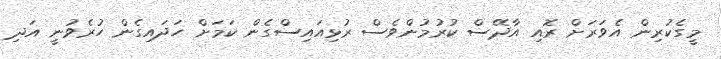
މީގެކުރިން އެވަރަށް ރޮއި އާދޭސް ކުރުމުންވެސް ރުޅިއައިސްގެން ކަމަށް ހަދައިގެން ހުރެވުނީ އަދި